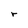
Character: r